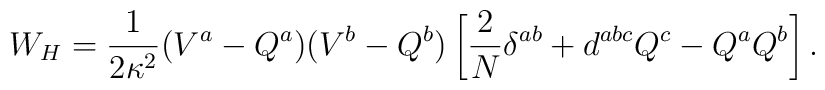
W_H=\frac{1}{2\kappa^2}(V^a-Q^a)(V^b-Q^b)\left[\frac{2}{N}\delta^{ab}+d^{abc} Q^c-Q^a Q^b\right].